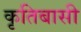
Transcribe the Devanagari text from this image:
कृतिबासी